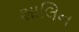
શાલિન